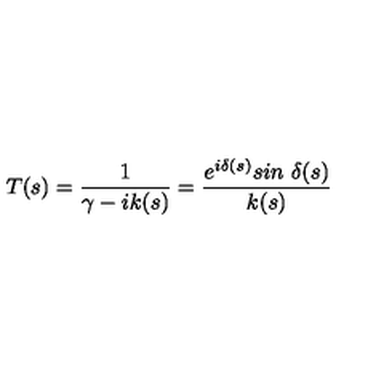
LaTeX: T ( s ) = { \frac { 1 } { \gamma - i k ( s ) } } = { \frac { e ^ { i \delta ( s ) } s i n \ \delta ( s ) } { k ( s ) } }